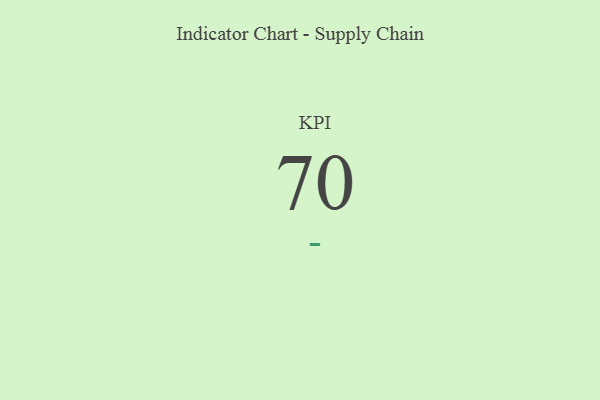
{"axis": {"x": "KPI", "y": "Value"}, "legend": [""], "data": [{"x": "KPI", "y": 70, "type": ""}]}